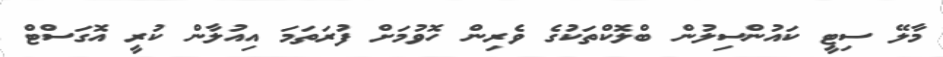
މާލޭ ސިޓީ ކައުންސިލުން ބްލޮކްތަކުގެ ވެރިން ހޮވުމަށް ފުރަތަމަ އިއުލާން ކުރީ އޮގަސްޓް